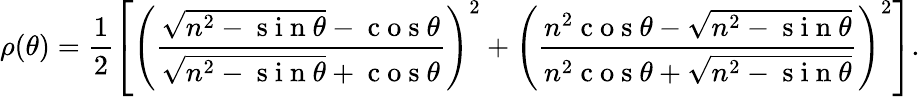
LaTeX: \rho(\theta)=\frac{1}{2}\left[\left(\frac{\sqrt{n^{2}-\mathrm{~s~i~n~}\theta}-\mathrm{~c~o~s~}\theta}{\sqrt{n^{2}-\mathrm{~s~i~n~}\theta}+\mathrm{~c~o~s~}\theta}\right)^{2}+\left(\frac{n^{2}\mathrm{~c~o~s~}\theta-\sqrt{n^{2}-\mathrm{~s~i~n~}\theta}}{n^{2}\mathrm{~c~o~s~}\theta+\sqrt{n^{2}-\mathrm{~s~i~n~}\theta}}\right)^{2}\right].